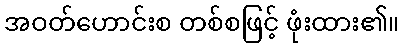
အဝတ်ဟောင်းစ တစ်စဖြင့် ဖုံးထား၏။